Scientific memoirs by medical officers of the Army of India - Part VI,
Year: 1891
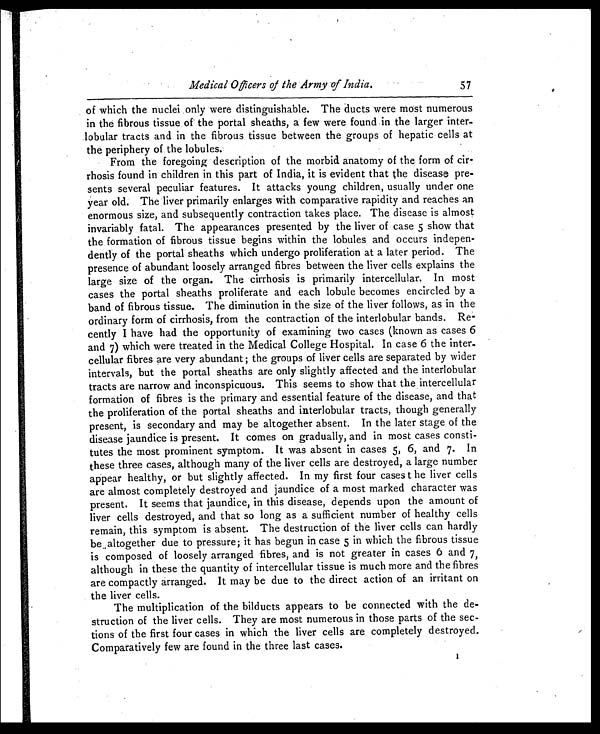
Medical Officers o/ the-Army-of India.
of which the nuclei only were distinguishable. The ducts were most numerous
in the fibrous tissue of the portal sheaths, a few were found in the larger inter-
- l o b u l a r t r a c t s a n d i n t h e f i b r o u s t i s s u e b e t w e e n t h e g r o u p s o f h e p a t i c c e l l s a t
the periphery of the lobules.
From the foregoing description of the morbid anatomy of the form of cir-
-
rhosis found in children in this part of India, it is evident that the disease pre
- s e n t s s e v e r a l p e c u l i a r f e a t u r e s . I t a t t a c k s y o u n g c h i l d r e n , u s u a l l y u n d e r o n e
year old. The liver primarily enlarges with comparative rapidity and reaches an
enormous size, and subsequently contraction takes place. The disease is almost
invariably fatal. The appearances presented by the liver of case 5 show that
the formation of fibrous tissue begins within the lobules and occurs indepen-
- d e n t l y o f t h e p o r t a l s h e a t h s w h i c h u n d e r g o p r o l i f e r a t i o n a t a l a t e r p e r i o d . T h e
presence of abundant loosely arranged fibres between the liver cells explains the
large size of the organ. The cirrhosis is primarily intercellular. In most
cases the portal sheaths proliferate and each lobule becomes encircled by a
band of fibrous tissue. The diminution in the size of the liver follows, as in the
ordinary form of cirrhosis, from the contraction of the interlobular bands. Re
- c e n t l y I h a v e h a d t h e o p p o r t u n i t y o f e x a m i n i n g t w o c a s e s ( k n o w n a s c a s e s 6
and 7) which were treated in the Medical College Hospital. In case 6 the inter-
- c e l l u l a r f i b r e s a r e v e r y a b u n d a n t ; t h e g r o u p s o f l i v e r c e l l s a r e s e p a r a t e d b y w i d e r
intervals, but the portal sheaths are only slightly affected and the interlobular
tracts are narrow and inconspicuous. This seems to show that the intercellular
formation of fibres is the primary and essential feature of the disease, and that
the proliferation of the portal sheaths and interlobular tracts, though generally
present, is secondary and may be altogether absent. In the later stage of the
disease jaundice is present. It comes on gradually, and in most cases consti
- t u t e s t h e m o s t p r o m i n e n t s y m p t o m . I t w a s a b s e n t i n c a s e s 5 , 6 , a n d 7 . I n
these three cases, although many of the liver cells are destroyed, a large number
appear healthy, or but slightly affected. In my first four cases t he liver cells
are almost completely destroyed and jaundice of a most marked character was
present. It seems that jaundice, in this disease, depends upon the amount of
liver cells destroyed, and that so long as a sufficient number of healthy cells
remain, this symptom is absent. The destruction of the liver cells can hardly
be altogether due to pressure; it has begun in case 5 in which the fibrous tissue
is composed of loosely arranged fibres, and is not greater in cases 6 and 7,
although in these the quantity of intercellular tissue is much more and the fibres
are compactly arranged. It may be due to the direct action of an irritant on
the liver cells.
The multiplication of the bilducts appears to be connected with the de
-
struction of the liver cells. They are most numerous in those parts of the sec
- t i o n s o f t h e f i r s t f o u r c a s e s i n w h i c h t h e l i v e r c e l l s a r e c o m p l e t e l y d e s t r o y e d .
Comparatively few are found in the three last cases.
57